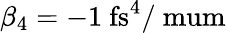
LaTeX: \beta_{4}=-1~\mathrm{fs^{4}/\ mum}